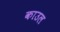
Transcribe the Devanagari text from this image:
काउल